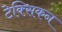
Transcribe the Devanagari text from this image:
टेक्सिकन